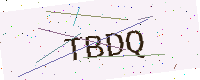
Text: TBDQ